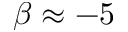
\beta \approx - 5